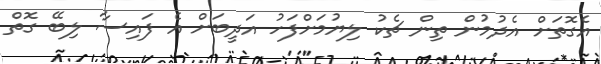
އެގޮތަށް އެދުމުން ތިން ޗެކު ލިޔުމަށްފަހު އަދީބަށް އެ ފައިސާ ލިބޭ ގޮތް